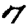
Digit: 7